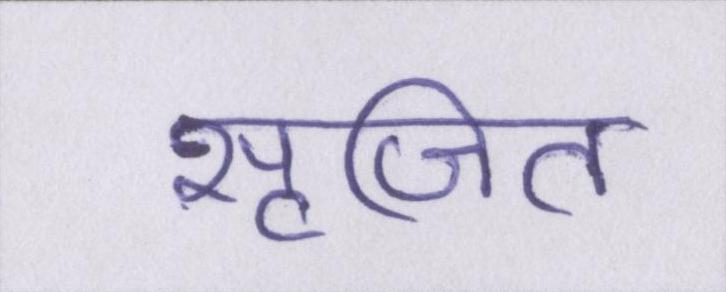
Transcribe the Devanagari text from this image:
सृजित